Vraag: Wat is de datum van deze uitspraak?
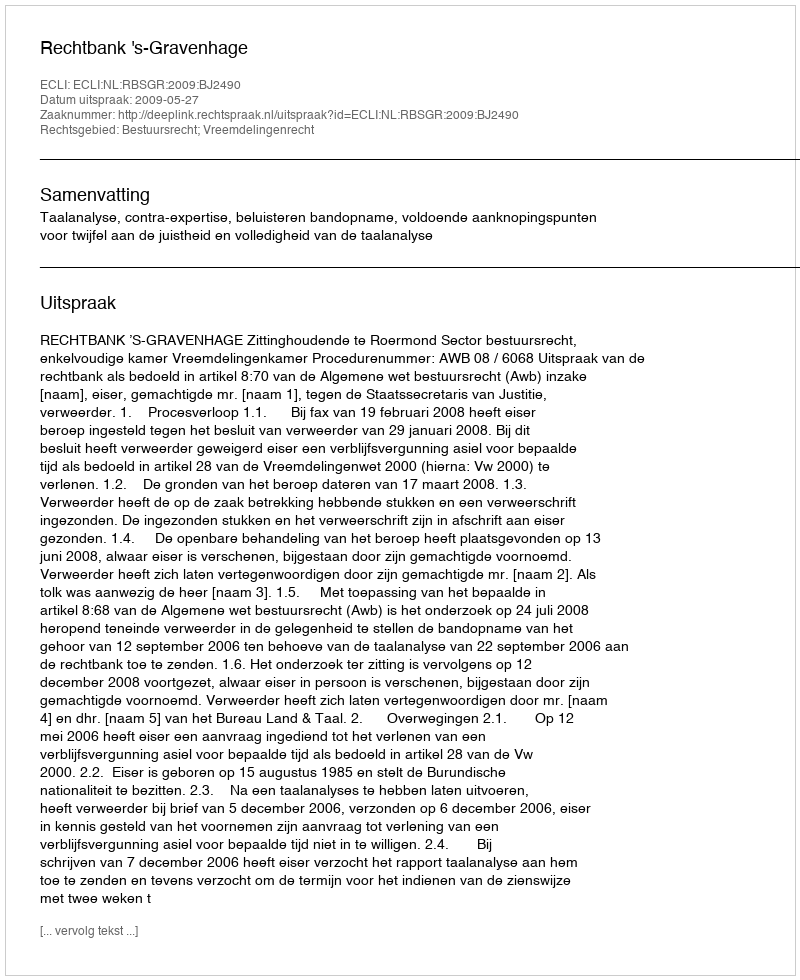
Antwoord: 2009-05-27